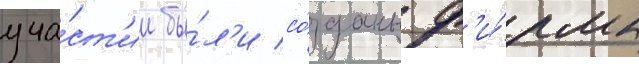
уча́ст'ии бы́л'и со́зданы ф'и́рмы